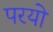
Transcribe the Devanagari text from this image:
परयो